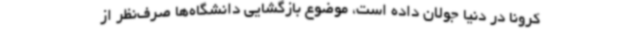
کرونا در دنیا جولان داده است، موضوع بازگشایی دانشگاه‌ها صرف‌نظر از